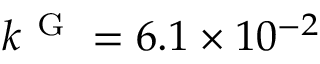
k ^ { \mathrm { ~ G ~ } } = 6 . 1 \times 1 0 ^ { - 2 }